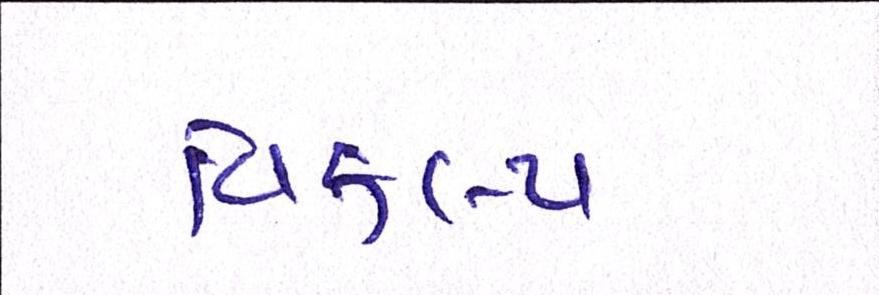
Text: વિકલ્પ